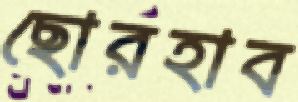
ছোরহাব